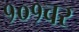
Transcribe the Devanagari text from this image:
१०१वर